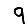
Digit: 9